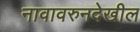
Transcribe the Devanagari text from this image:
नावावरुनदेखील